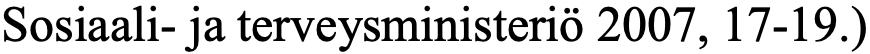
Sosiaali- ja terveysministeriö 2007, 17-19.)